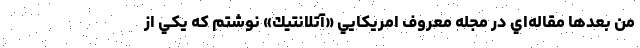
من بعدها مقاله‌اي در مجله معروف امريكايي «آتلانتيك» نوشتم كه يكي از